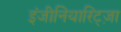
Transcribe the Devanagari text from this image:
इंजीनियारिट्ज़ा